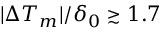
| \Delta T _ { m } | / \delta _ { 0 } \stackrel { > } { _ \sim } 1 . 7